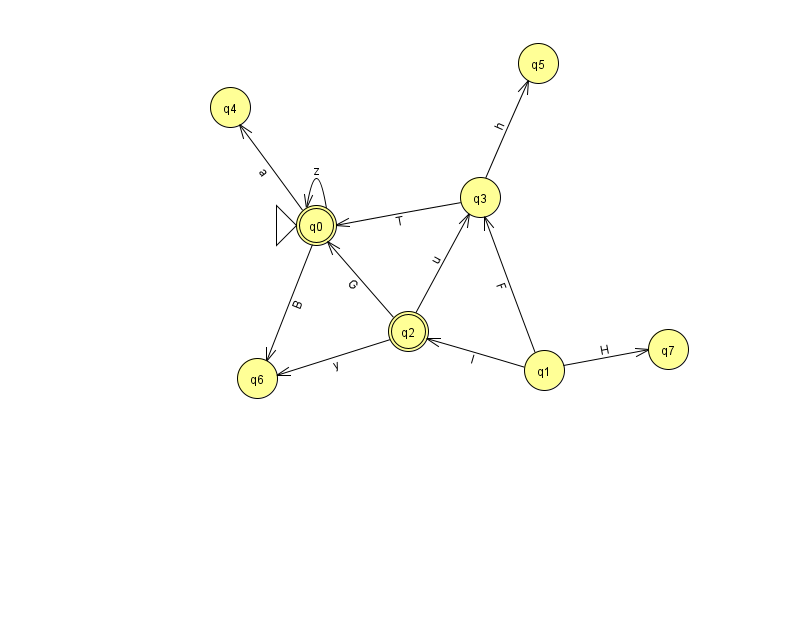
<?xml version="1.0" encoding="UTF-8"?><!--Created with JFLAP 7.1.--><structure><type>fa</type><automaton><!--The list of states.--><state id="0" name="q0"><x>316.0</x><y>212.0</y><initial/><final/></state><state id="1" name="q1"><x>544.0</x><y>357.0</y></state><state id="2" name="q2"><x>408.0</x><y>318.0</y><final/></state><state id="3" name="q3"><x>480.0</x><y>184.0</y></state><state id="4" name="q4"><x>230.0</x><y>94.0</y></state><state id="5" name="q5"><x>538.0</x><y>50.0</y></state><state id="6" name="q6"><x>257.0</x><y>365.0</y></state><state id="7" name="q7"><x>668.0</x><y>336.0</y></state><!--The list of transitions.--><transition><from>0</from><to>4</to><read>a</read></transition><transition><from>1</from><to>2</to><read>l</read></transition><transition><from>1</from><to>3</to><read>F</read></transition><transition><from>2</from><to>0</to><read>G</read></transition><transition><from>2</from><to>6</to><read>y</read></transition><transition><from>3</from><to>5</to><read>h</read></transition><transition><from>0</from><to>0</to><read>z</read></transition><transition><from>0</from><to>6</to><read>B</read></transition><transition><from>1</from><to>7</to><read>H</read></transition><transition><from>3</from><to>0</to><read>T</read></transition><transition><from>2</from><to>3</to><read>u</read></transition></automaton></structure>